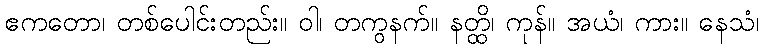
ဧကတော၊ တစ်ပေါင်းတည်း။ ဝါ၊ တကွနက်။ နတ္ထိ၊ ကုန်။ အယံ၊ ကား။ နေသံ၊